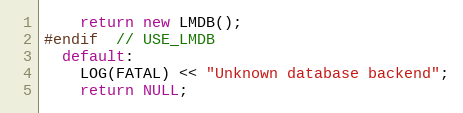
Language: C++
    return new LMDB();
#endif  // USE_LMDB
  default:
    LOG(FATAL) << "Unknown database backend";
    return NULL;